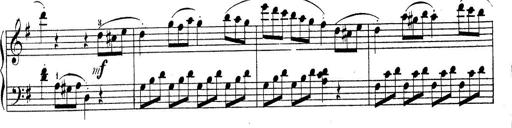
Title: Piano Sonatine No.2
Composer: Peter Piel
Key: G major